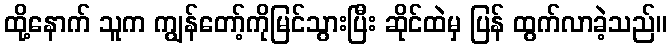
ထို့နောက် သူက ကျွန်တော့်ကိုမြင်သွားပြီး ဆိုင်ထဲမှ ပြန် ထွက်လာခဲ့သည်။